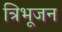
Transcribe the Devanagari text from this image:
त्रिभूजन